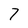
Character: 7